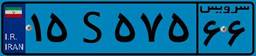
۱۵S۵۷۵۶۶